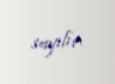
sayılır.